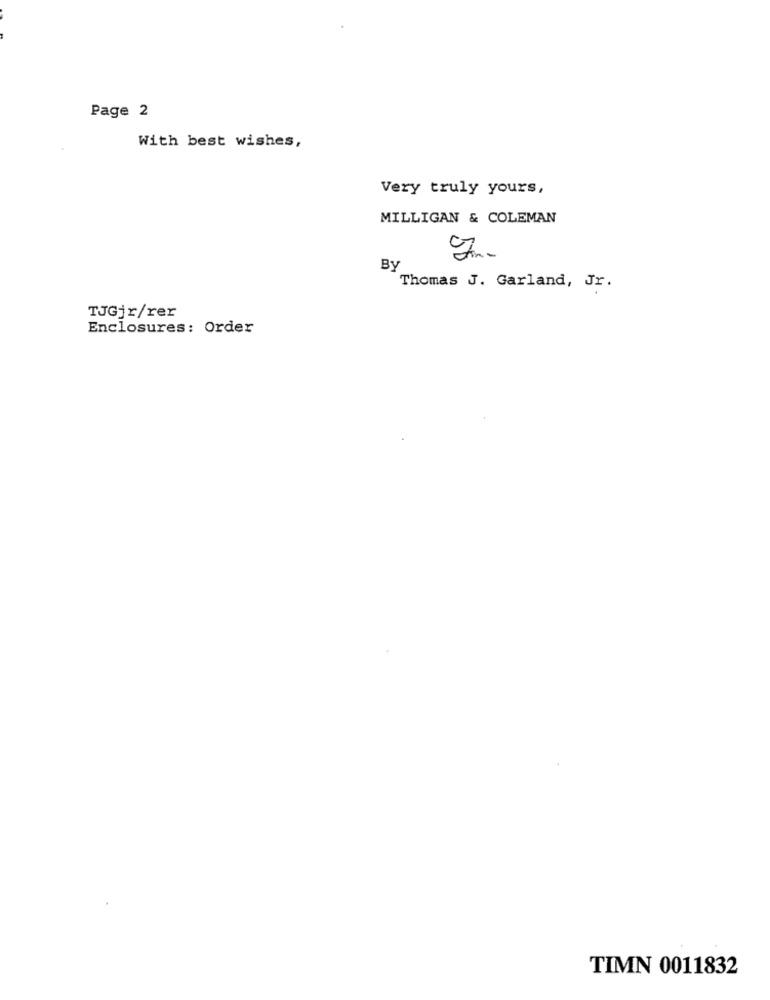
Page 2
With best wishes,
Very truly yours,
MILLIGAN & COLEMAN
By
Thomas J. Garland, Jr.
TJGjr/rer
Enclosures: Order
TIMN 0011832